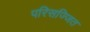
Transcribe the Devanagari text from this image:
परिसज्जित